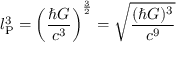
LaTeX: l _ { \mathrm { P } } ^ { 3 } = \left( { \frac { \hbar G } { c ^ { 3 } } } \right) ^ { \frac { 3 } { 2 } } = { \sqrt { \frac { ( \hbar G ) ^ { 3 } } { c ^ { 9 } } } }